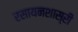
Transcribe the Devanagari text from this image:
रसायनशास्री